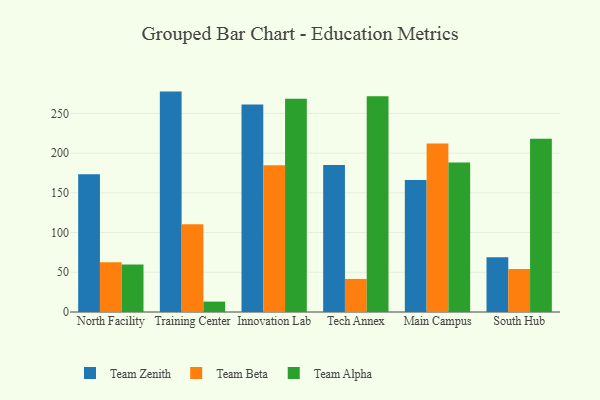
{"axis": {"x": "Campus", "y": "Production Output"}, "legend": ["Team Alpha", "Team Beta", "Team Zenith"], "data": [{"x": "North Facility", "y": 173.3, "type": "Team Zenith"}, {"x": "North Facility", "y": 62.7, "type": "Team Beta"}, {"x": "North Facility", "y": 59.9, "type": "Team Alpha"}, {"x": "Training Center", "y": 277.4, "type": "Team Zenith"}, {"x": "Training Center", "y": 110.3, "type": "Team Beta"}, {"x": "Training Center", "y": 13.1, "type": "Team Alpha"}, {"x": "Innovation Lab", "y": 261.2, "type": "Team Zenith"}, {"x": "Innovation Lab", "y": 184.6, "type": "Team Beta"}, {"x": "Innovation Lab", "y": 268.5, "type": "Team Alpha"}, {"x": "Tech Annex", "y": 185.1, "type": "Team Zenith"}, {"x": "Tech Annex", "y": 41.6, "type": "Team Beta"}, {"x": "Tech Annex", "y": 271.7, "type": "Team Alpha"}, {"x": "Main Campus", "y": 166.0, "type": "Team Zenith"}, {"x": "Main Campus", "y": 212.1, "type": "Team Beta"}, {"x": "Main Campus", "y": 188.3, "type": "Team Alpha"}, {"x": "South Hub", "y": 69.0, "type": "Team Zenith"}, {"x": "South Hub", "y": 54.0, "type": "Team Beta"}, {"x": "South Hub", "y": 218.1, "type": "Team Alpha"}]}